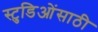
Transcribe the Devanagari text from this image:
स्टुडिओंसाठी